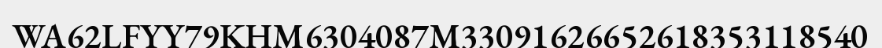
WA62LFYY79KHM6304087M33091626652618353118540